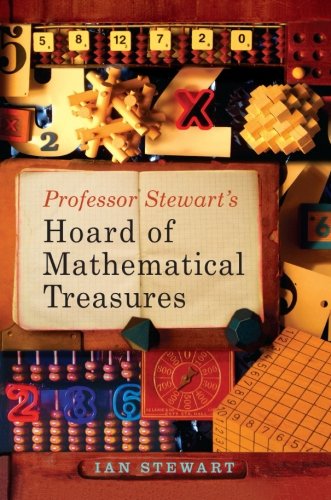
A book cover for Professor Stewart's Hoard of Mathematical Treasures; Ian Stewart; Humor & Entertainment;